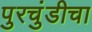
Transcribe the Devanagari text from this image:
पुरचुंडीचा